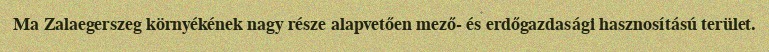
Ma Zalaegerszeg környékének nagy része alapvetően mező- és erdőgazdasági hasznosítású terület.